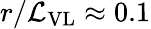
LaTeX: r/\mathcal{L}_{\mathrm{VL}}\approx 0.1